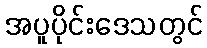
အပူပိုင်းဒေသတွင်